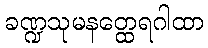
ခဏ္ဍသုမနတ္ထေရဂါထာ